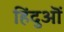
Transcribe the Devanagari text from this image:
हिंदुऒं